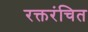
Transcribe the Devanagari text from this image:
रक्तरंचित